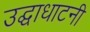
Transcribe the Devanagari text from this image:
उद्घाधाटनी